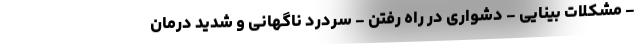
- مشکلات بینایی - دشواری در راه رفتن - سردرد ناگهانی و شدید درمان